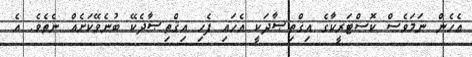
އެހެން ނަމަވެސް ކޮސްޓަރީކާގެ އިޤްތިޞާދަކީ އެހައި ފެހި އިޤްތިޞާދެކޭ ބުނެވޭކަށެއް ނެތެވެ. އެ